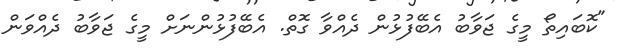
"ކޮބައިތޯ މީގެ ޖަވާބު އެބޭފުޅުން ދެއްވާ ގޮތް. އެބޭފުޅުންނަށް މީގެ ޖަވާބު ދެއްވަން